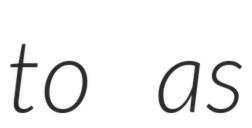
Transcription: to as